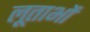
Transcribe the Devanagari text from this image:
लूताभों